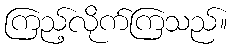
ကြည့်လိုက်ကြသည်။